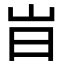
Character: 㞱